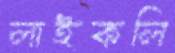
লাইকলি